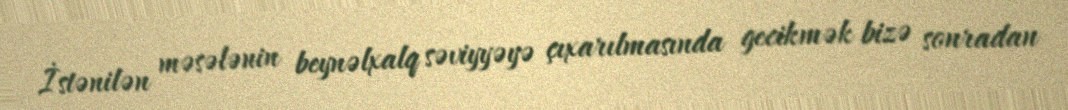
İstənilən məsələnin beynəlxalq səviyyəyə çıxarılmasında gecikmək bizə sonradan